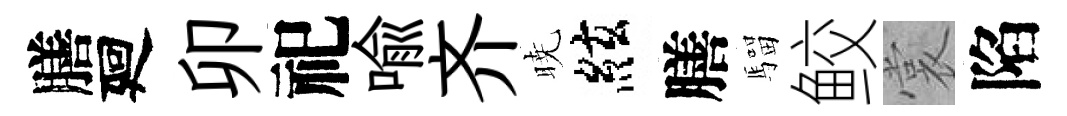
膳廻卯祀喻齐暁絃膳騮鲛裳陷